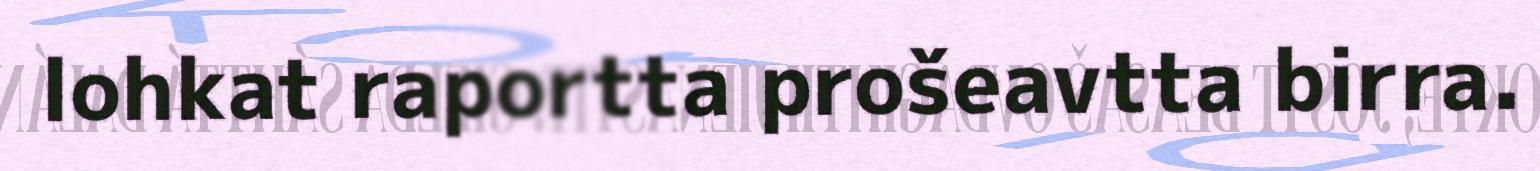
lohkat raportta prošeavtta birra.